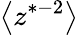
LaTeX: \big<z^{*-2}\big>